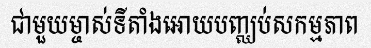
ជាមួយម្ចាស់ទីតាំងអោយបញ្ឈប់សកម្មភាព